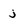
Character: j